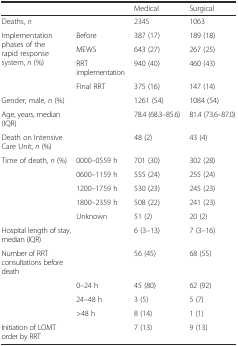
|  |  | Medical | Surgical |
 | --- | --- | --- | --- |
 | Deaths, n |  | 2345 | 1063 |
 | <ROWSPAN=4> Implementation phases of the rapid response system, n (%) | Before | 387 (17) | 189 (18) |
 | MEWS | 643 (27) | 267 (25) |
 | RRT implementation | 940 (40) | 460 (43) |
 | Final RRT | 375 (16) | 147 (14) |
 | Gender, male, n (%) |  | 1261 (54) | 1084 (54) |
 | Age, years, median (IQR) |  | 78.4 (68.3–85.6) | 81.4 (73.6–87.0) |
 | Death on Intensive Care Unit, n (%) |  | 48 (2) | 43 (4) |
 | Time of death, n (%) | 0000–0559 h | 701 (30) | 302 (28) |
 |  | 0600–1159 h | 555 (24) | 255 (24) |
 |  | 1200–1759 h | 530 (23) | 245 (23) |
 |  | 1800–2359 h | 508 (22) | 241 (23) |
 |  | Unknown | 51 (2) | 20 (2) |
 | <COLSPAN=2> Hospital length of stay, median (IQR) | 6 (3–13) | 7 (3–16) |
 | <COLSPAN=2> Number of RRT consultations before death | 56 (45) | 68 (55) |
 |  | 0–24 h | 45 (80) | 62 (92) |
 |  | 24–48 h | 3 (5) | 5 (7) |
 |  | >48 h | 8 (14) | 1 (1) |
 | Initiation of LOMT order by RRT |  | 7 (13) | 9 (13) |